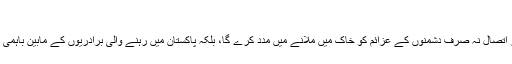
"
بشپ پیٹرس نے کہا، "ہمارا اتحاد اور اتصال نہ صرف دشمنوں کے عزائم کو خاک میں ملانے میں مدد کرے گا، بلکہ پاکستان میں رہنے والی برادریوں کے مابین باہمی اعتماد کی سطح کو بھی بلند کرے گا۔